Veterinary [1916] -
Year: 1916
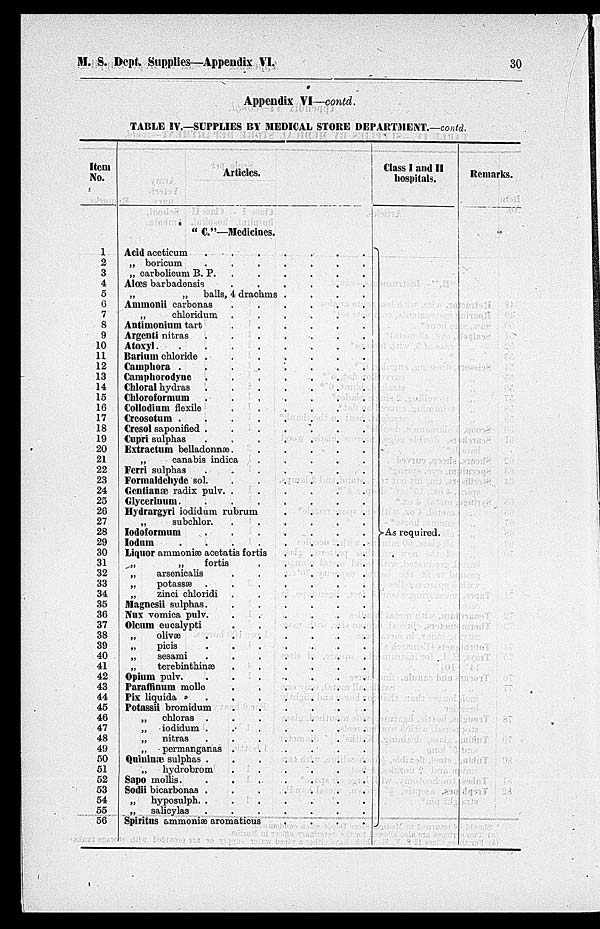
M. S. Dept. Supplies—Appendix VI.
30
Appendix VI—contd.
TABLE IV.—SUPPLIES BY MEDICAL STORE DEPARTMENT.—contd.
Item
No.
1
2
3
4
5
6
7
8
9
10
11
12
13
14
15
16
17
18
19
20
21
22
23
24
25
26
27
28
29
30
31
32
33
34
35
36
37
38
39
40
41
42
43
44
45
46
47
48
49
50
51
52
53
54
55
56
Articles.
" C."—Medicines.
Acid aceticum
.
.
.
.
.
.
.
„ boricum
.
.
.
.
.
.
.
„ carbolicum B. P.
.
.
.
.
.
.
Alœs barbadensis
.
.
.
.
.
.
.
„
„ balls, 4 drachms
.
.
.
.
Ammonii carbonas
.
.
.
.
.
.
.
„
chloridum
.
.
.
.
.
.
.
Antimonium tart
.
.
.
.
.
.
.
Argenti nitras . . . . . . .
Atoxyl
.
.
.
.
.
.
.
Barium chloride . . . . . . .
Camphora . . . . . . .
Campliorodyne . . . . . . .
Chloral hydras . . . . . . .
Chloroformum . . . . . . .
Collodium flexile . . . . . . .
Creosotum . . . . . . .
Cresol saponified . . . . . . .
Cupri sulphas . . . . . . .
Extraction belladonnæ . . . . . . .
„
canabis indica . . . . . . .
Ferri sulphas . . . . . . .
Formaldehyde sol. . . . . . . .
Gentianæ radix pulv. . . . . . . .
Glycerinum. . . . . . . .
Hydrargyri iodidum rubrum . . . .
„
subchlor . . . . . . .
Iodoformum . . . . . . .
Iodum . . . . . . .
Liquor ammoniæ acetatis fortis . . . .
„
„
fortis . . . . .
„
arsenicalis . . . . . . .
„ potassæ . . . . . . .
„
zinci chloridi . . . . . . .
Magnesii sulphas. . . . . . . .
Nux vomica pulv. . . . . . . .
Olcum eucalypti . . . . . . .
„ olivæ . . . . . . .
„
picis . . . . . . ..
„
sesami . . . . . . .
„ terebinthinæ . . . . . . .
Opium pulv. . . . . . . .
Paraffinum molle . . . . . . .
Pix liquida . . . . . . .
Potassii bromidum . . . . . . .
„
chloras . . . . . . .
„
iodidum . . . . . . .
„
nitras . . . . . . .
„
permanganas . . . . . . .
Quininæ sulphas . . . . . . .
„
hydrobrom . . . . . . .
Sapo mollis. . . . . . . .
Sodii bicarbonas . . . . . . .
„ hyposulph. . . . . . . .
„
salicylas . . . . . . . .
Spiritus ammoniæ aromaticus . . . .
Class I and II
hospitals.
}As required.
Remarks.